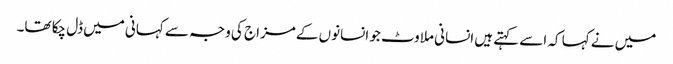
میں نے کہا کہ اسے کہتے ہیں انسانی ملاوٹ جو انسانوں کے مزاج کی وجہ سے کہانی میں ڈل چکا تھا۔